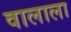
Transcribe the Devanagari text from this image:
वालाला